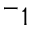
^ - 1